DOW-UAP-D48, Department of the Air Force Report, 1996
Agency: Department of War
Incident date: 9/10/96
Page 70
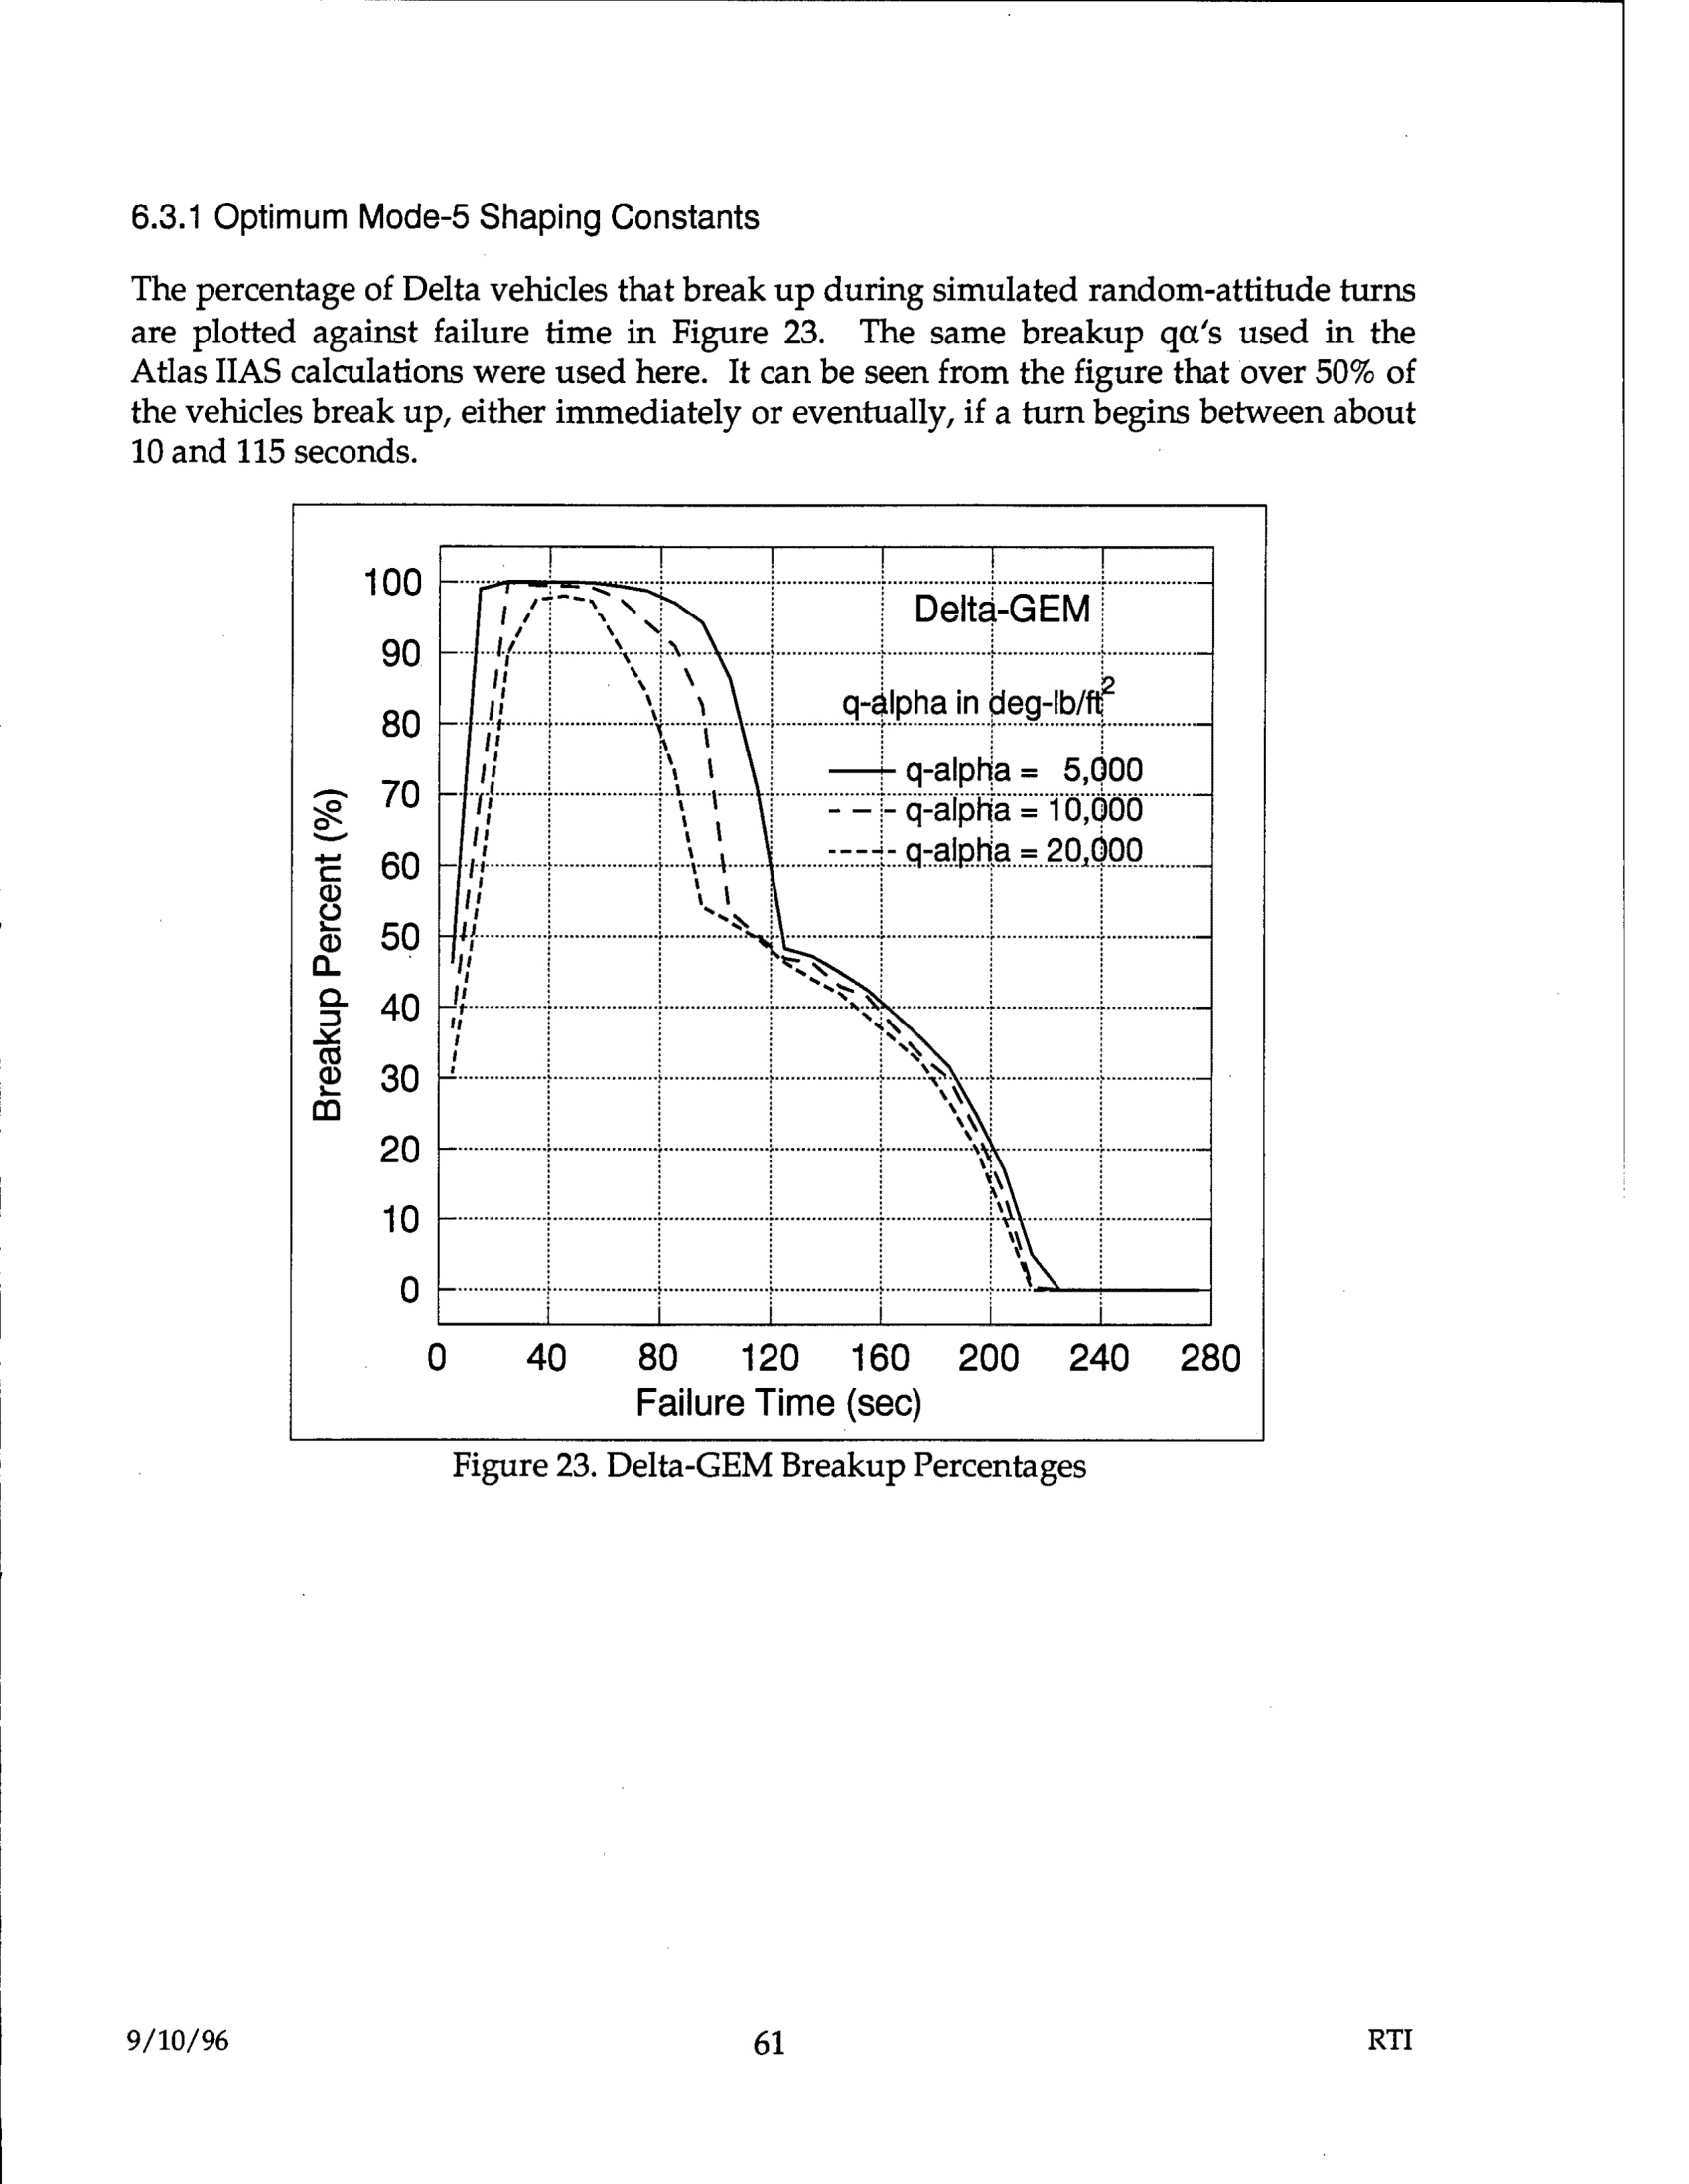